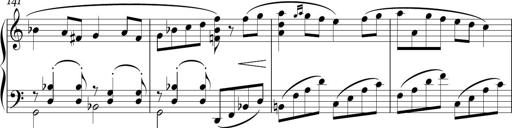
Title: Sonatina in E minor
Composer: Shuwen Zhang
Key: E minor